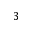
3